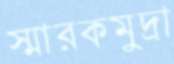
স্মারকমুদ্রা